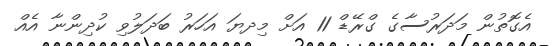
އެގޮތުން މަދަރުސާގެ ގްރޭޑް 11 އަށް މިދޔަ އަހަރު ބަދަލުވި ކުދިންނާ އެއް